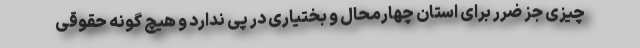
چیزی جز ضرر برای استان چهارمحال و بختیاری در پی ندارد و هیچ گونه حقوقی